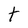
Character: t